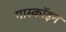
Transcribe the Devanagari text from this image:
गास्कॉइन